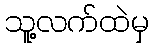
သူ့လက်ထဲမှ